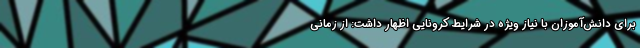
برای دانش‌آموزان با نیاز ویژه در شرایط کرونایی اظهار داشت: از زمانی